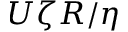
U \zeta R / \eta